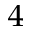
_ 4